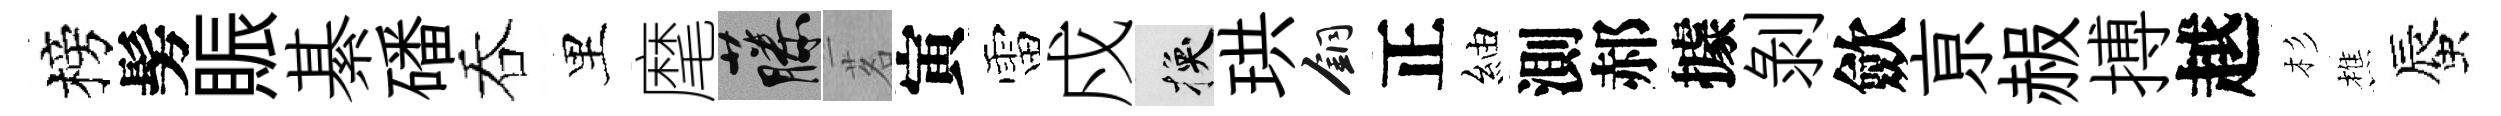
榜髣賑綦磻吞里麾藤茗寅雷戍换珙銅正紬測郝據剝歛亰赧搏越杉樵蜃